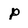
Character: P